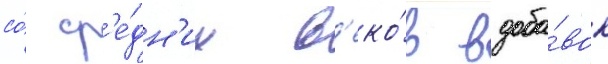
со́ ср'е́дн'их в'еко́в вдоба́вок